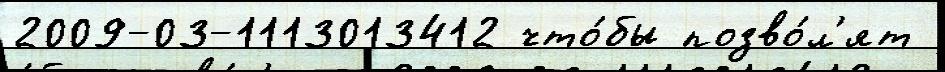
2009-03-1113013412 что́бы позво́л'ят